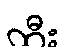
ထီး